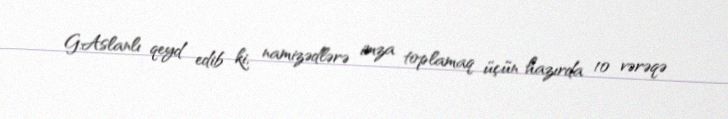
G.Aslanlı qeyd edib ki, namizədlərə imza toplamaq üçün hazırda 10 vərəqə